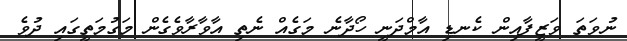
ނުވަތަ ވަޒީފާއިން ކެނޑި އާމްދަނީ ހޯދާނެ މަގެއް ނެތި އާވާރާވެގެން މަގުމަތީގައި ދުވެ